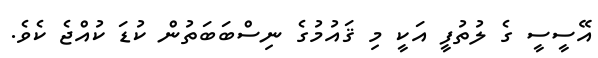
އޭސީސީ ގެ ލުތުފީ އަކީ މި ޤައުމުގެ ނިސްބަބަތުން ކުޑަ ކުއްޖެ ކެވެ.